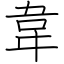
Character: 韋